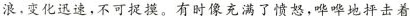
浪，变化迅速，不可捉摸。有时像充满了愤怒，哗哗地抨击着